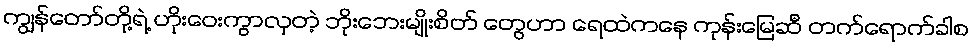
ကျွန်တော်တို့ရဲ့ ဟိုးဝေးကွာလှတဲ့ ဘိုးဘေးမျိုးစိတ် တွေဟာ ရေထဲကနေ ကုန်းမြေဆီ တက်ရောက်ခါစ